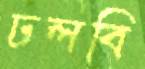
ঢলবি